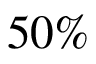
5 0 \%